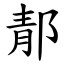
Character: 郬